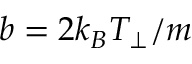
b = 2 k _ { B } T _ { \perp } / m